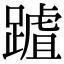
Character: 䠡